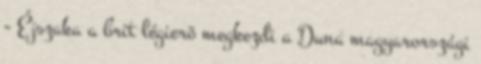
- Éjszaka a brit légierõ megkezdi a Duna magyarországi